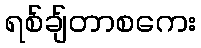
ရစ်ချ်တာစကေး